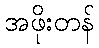
အဖိုးတန်